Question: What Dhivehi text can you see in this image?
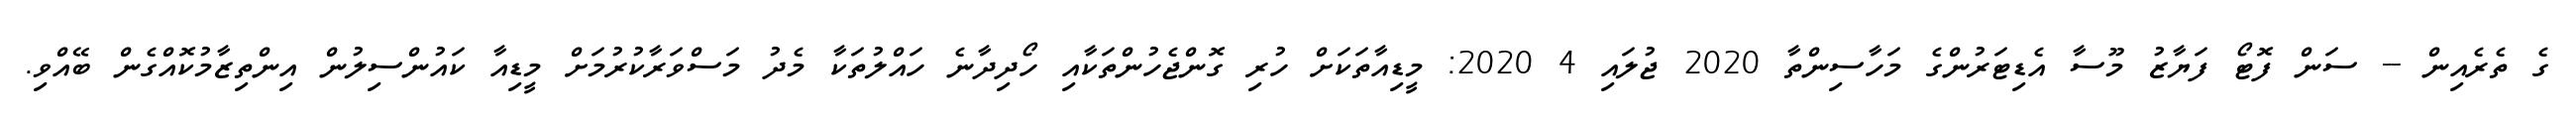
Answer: ގެ ތެރެއިން -- ސަން ފޮޓޯ ފަޔާޒު މޫސާ އެޑިޓަރުންގެ މަހާސިންތާ 2020 ޖުލައި 4 2020: މީޑިއާތަކަށް ހުރި ގޮންޖެހުންތަކާއި ހޯދިދާނެ ހައްލުތަކާ މެދު މަސްވަރާކުރުމަށް މީޑިއާ ކައުންސިލުން އިންތިޒާމުކޮއްގެން ބޭއްވި.